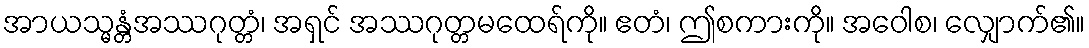
အာယသ္မန္တံအဿဂုတ္တံ၊ အရှင် အဿဂုတ္တမထေရ်ကို။ ဧတံ၊ ဤစကားကို။ အဝေါစ၊ လျှောက်၏။